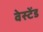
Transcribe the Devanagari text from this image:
वेस्टेंड